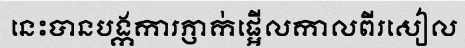
នេះបានបង្កការភ្ញាក់ផ្អើលកាលពីរសៀល